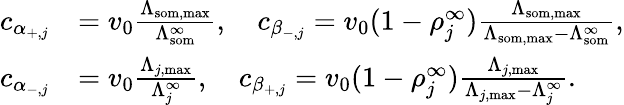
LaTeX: \begin{array}{rl}{c_{\alpha_{+,j}}}&{=v_{0}\frac{\Lambda_{\mathrm{som,max}}}{\Lambda_{\mathrm{som}}^{\infty}},\quad c_{\beta_{-,j}}=v_{0}(1-\rho_{j}^{\infty})\frac{\Lambda_{\mathrm{som,max}}}{\Lambda_{\mathrm{som,max}}-\Lambda_{\mathrm{som}}^{\infty}},}\\ {c_{\alpha_{-,j}}}&{=v_{0}\frac{\Lambda_{j,\mathrm{max}}}{\Lambda_{j}^{\infty}},\quad c_{\beta_{+,j}}=v_{0}(1-\rho_{j}^{\infty})\frac{\Lambda_{j,\mathrm{max}}}{\Lambda_{j,\mathrm{max}}-\Lambda_{j}^{\infty}}.}\end{array}